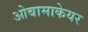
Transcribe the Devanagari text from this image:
ओबामाकेयर